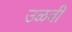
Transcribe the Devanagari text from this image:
उळवी